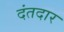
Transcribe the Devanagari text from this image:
दंतदार